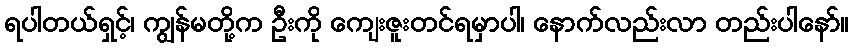
ရပါတယ်ရှင့်၊ ကျွန်မတို့က ဦးကို ကျေးဇူးတင်ရမှာပါ၊ နောက်လည်းလာ တည်းပါနော်။